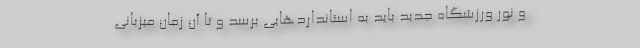
و نور ورزشگاه جدید باید به استانداردهایی برسد و تا آن زمان میزبانی